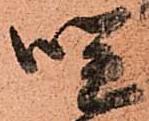
咲